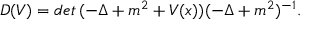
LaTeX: D ( V ) = d e t \, ( - \Delta + m ^ { 2 } + V ( x ) ) ( - \Delta + m ^ { 2 } ) ^ { - 1 } .